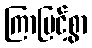
ကြာမြင့်စွာ